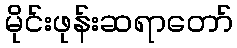
မိုင်းဖုန်းဆရာတော်